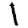
Digit: 1